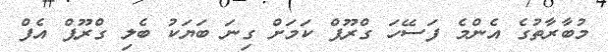
މުބާރާތުގެ އެންމެ ފަސޭހަ ގްރޫޕް ކަމަށް ގިނަ ބަޔަކު ބެލި ގްރޫޕް އެފް